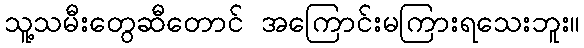
သူ့သမီးတွေဆီတောင် အကြောင်းမကြားရသေးဘူး။